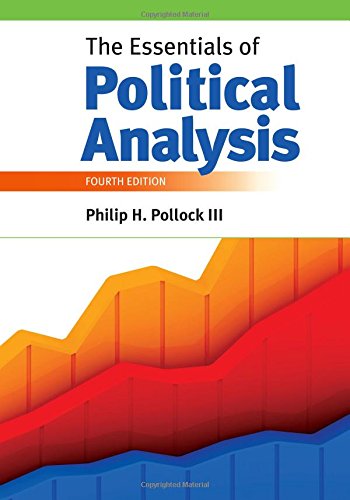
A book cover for The Essentials of Political Analysis; Philip H Pollock III; Politics & Social Sciences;